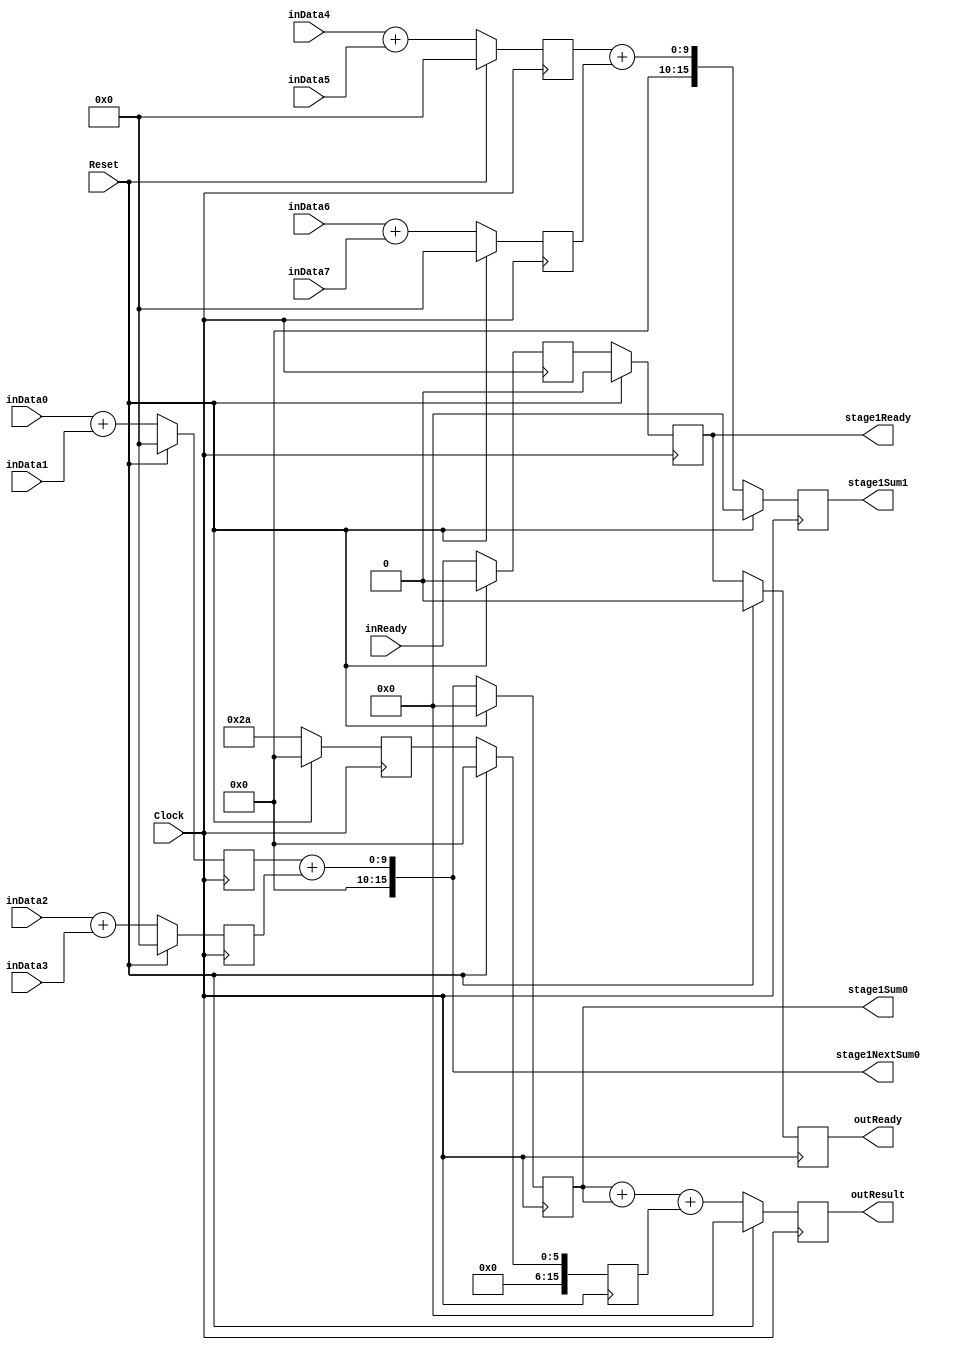
`timescale 1ns/1ps
`default_nettype none
// PLEASE READ THIS, IT MAY SAVE YOU SOME TIME AND MONEY, THANK YOU!
// * This file was generated by Quokka FPGA Toolkit.
// * Generated code is your property, do whatever you want with it
// * Place custom code between [BEGIN USER ***] and [END USER ***].
// * CAUTION: All code outside of [USER] scope is subject to regeneration.
// * Bad things happen sometimes in developer's life,
//   it is recommended to use source control management software (e.g. git, bzr etc) to keep your custom code safe'n'sound.
// * Internal structure of code is subject to change.
//   You can use some of signals in custom code, but most likely they will not exist in future (e.g. will get shorter or gone completely)
// * Please send your feedback, comments, improvement ideas etc. to evmuryshkin@gmail.com
// * Visit https://github.com/EvgenyMuryshkin/QuokkaEvaluation to access latest version of playground
//
// DISCLAIMER:
//   Code comes AS-IS, it is your responsibility to make sure it is working as expected
//   no responsibility will be taken for any loss or damage caused by use of Quokka toolkit.
//
// System configuration name is StagePeekPipelineModule_TopLevel, clock frequency is 1Hz, Top-level
// FSM summary
// -- Packages
module StagePeekPipelineModule_TopLevel
(
	// [BEGIN USER PORTS]
	// [END USER PORTS]
	input wire Clock,
	input wire Reset,
	input wire [7:0] inData0,
	input wire [7:0] inData1,
	input wire [7:0] inData2,
	input wire [7:0] inData3,
	input wire [7:0] inData4,
	input wire [7:0] inData5,
	input wire [7:0] inData6,
	input wire [7:0] inData7,
	input wire inReady,
	output wire outReady,
	output wire [15:0] outResult,
	output wire [15:0] stage1NextSum0,
	output wire stage1Ready,
	output wire [15:0] stage1Sum0,
	output wire [15:0] stage1Sum1
);
	// [BEGIN USER SIGNALS]
	// [END USER SIGNALS]
	localparam HiSignal = 1'b1;
	localparam LoSignal = 1'b0;
	wire Zero = 1'b0;
	wire One = 1'b1;
	wire true = 1'b1;
	wire false = 1'b0;
	wire [15: 0] Pipeline_stage0_State_sumsDefault = 16'b0000000000000000;
	wire [15: 0] Pipeline_stage1_State_s0SumsDefault = 16'b0000000000000000;
	wire [15: 0] Pipeline_stage1_State_sumsDefault = 16'b0000000000000000;
	wire [5: 0] Pipeline_PipelineConfigurations_L45F17L59T18_PipelineConfigurations_L56F29T31_Expr = 6'b101010;
	wire Inputs_inReady;
	reg Pipeline_stage0_NextState_ready;
	reg Pipeline_stage1_NextState_ready;
	reg Pipeline_stage2_NextState_ready;
	reg [15: 0] Pipeline_stage2_NextState_result;
	wire Pipeline_Inputs_inReady;
	wire Pipeline_State_ready;
	wire [15: 0] Pipeline_State_result;
	wire Pipeline_NextState_ready;
	wire [15: 0] Pipeline_NextState_result;
	reg [15: 0] Pipeline_PipelineConfigurations_L45F17L59T18_sum0;
	wire [15: 0] Pipeline_PipelineConfigurations_L45F17L59T18_PipelineConfigurations_L46F32T77_Cast;
	wire [15: 0] Pipeline_PipelineConfigurations_L45F17L59T18_PipelineConfigurations_L53F29T74_Cast;
	wire [15: 0] Pipeline_PipelineConfigurations_L45F17L59T18_PipelineConfigurations_L54F29T74_Cast;
	wire [15: 0] Pipeline_PipelineConfigurations_L45F17L59T18_PipelineConfigurations_L55F29T74_Cast;
	wire [15: 0] Pipeline_PipelineConfigurations_L66F25T66_Cast;
	wire [15: 0] Pipeline_PipelineConfigurations_L67F25T66_Cast;
	wire [15: 0] Pipeline_PipelineConfigurations_L70F30T70_TypedPipelineModule_L31F9L37T10_TypedPipelineModule_L35F26T86_Cast;
	reg Pipeline_stage0_State_ready = 1'b0;
	wire Pipeline_stage0_State_readyDefault = 1'b0;
	reg Pipeline_stage1_State_ready = 1'b0;
	wire Pipeline_stage1_State_readyDefault = 1'b0;
	reg Pipeline_stage2_State_ready = 1'b0;
	wire Pipeline_stage2_State_readyDefault = 1'b0;
	reg [15: 0] Pipeline_stage2_State_result = 16'b0000000000000000;
	wire [15: 0] Pipeline_stage2_State_resultDefault = 16'b0000000000000000;
	wire [9: 0] Pipeline_PipelineConfigurations_L45F17L59T18_PipelineConfigurations_L46F41T76_Expr;
	wire signed [9: 0] Pipeline_PipelineConfigurations_L45F17L59T18_PipelineConfigurations_L46F41T76_Expr_1;
	wire signed [9: 0] Pipeline_PipelineConfigurations_L45F17L59T18_PipelineConfigurations_L46F41T76_Expr_2;
	wire [9: 0] Pipeline_PipelineConfigurations_L45F17L59T18_PipelineConfigurations_L53F38T73_Expr;
	wire signed [9: 0] Pipeline_PipelineConfigurations_L45F17L59T18_PipelineConfigurations_L53F38T73_Expr_1;
	wire signed [9: 0] Pipeline_PipelineConfigurations_L45F17L59T18_PipelineConfigurations_L53F38T73_Expr_2;
	wire [9: 0] Pipeline_PipelineConfigurations_L45F17L59T18_PipelineConfigurations_L54F38T73_Expr;
	wire signed [9: 0] Pipeline_PipelineConfigurations_L45F17L59T18_PipelineConfigurations_L54F38T73_Expr_1;
	wire signed [9: 0] Pipeline_PipelineConfigurations_L45F17L59T18_PipelineConfigurations_L54F38T73_Expr_2;
	wire [9: 0] Pipeline_PipelineConfigurations_L45F17L59T18_PipelineConfigurations_L55F38T73_Expr;
	wire signed [9: 0] Pipeline_PipelineConfigurations_L45F17L59T18_PipelineConfigurations_L55F38T73_Expr_1;
	wire signed [9: 0] Pipeline_PipelineConfigurations_L45F17L59T18_PipelineConfigurations_L55F38T73_Expr_2;
	wire [17: 0] Pipeline_PipelineConfigurations_L66F34T65_Expr;
	wire signed [17: 0] Pipeline_PipelineConfigurations_L66F34T65_Expr_1;
	wire signed [17: 0] Pipeline_PipelineConfigurations_L66F34T65_Expr_2;
	wire [17: 0] Pipeline_PipelineConfigurations_L67F34T65_Expr;
	wire signed [17: 0] Pipeline_PipelineConfigurations_L67F34T65_Expr_1;
	wire signed [17: 0] Pipeline_PipelineConfigurations_L67F34T65_Expr_2;
	wire [19: 0] Pipeline_PipelineConfigurations_L70F30T70_TypedPipelineModule_L31F9L37T10_TypedPipelineModule_L35F35T85_Expr;
	wire signed [19: 0] Pipeline_PipelineConfigurations_L70F30T70_TypedPipelineModule_L31F9L37T10_TypedPipelineModule_L35F35T85_Expr_1;
	wire signed [19: 0] Pipeline_PipelineConfigurations_L70F30T70_TypedPipelineModule_L31F9L37T10_TypedPipelineModule_L35F35T85_Expr_2;
	wire [17: 0] Pipeline_PipelineConfigurations_L70F30T70_TypedPipelineModule_L31F9L37T10_TypedPipelineModule_L35F35T66_Expr;
	wire signed [17: 0] Pipeline_PipelineConfigurations_L70F30T70_TypedPipelineModule_L31F9L37T10_TypedPipelineModule_L35F35T66_Expr_1;
	wire signed [17: 0] Pipeline_PipelineConfigurations_L70F30T70_TypedPipelineModule_L31F9L37T10_TypedPipelineModule_L35F35T66_Expr_2;
	wire [7 : 0] Inputs_inData [0 : 7];
	integer Pipeline_stage0_State_sums_Iterator;
	reg [15 : 0] Pipeline_stage0_State_sums [0 : 4];
	initial
	begin : Init_Pipeline_stage0_State_sums
		for (Pipeline_stage0_State_sums_Iterator = 0; Pipeline_stage0_State_sums_Iterator < 5; Pipeline_stage0_State_sums_Iterator = Pipeline_stage0_State_sums_Iterator + 1)
			Pipeline_stage0_State_sums[Pipeline_stage0_State_sums_Iterator] = 0;
	end
	integer Pipeline_stage0_NextState_sums_Iterator;
	reg [15 : 0] Pipeline_stage0_NextState_sums [0 : 4];
	initial
	begin : Init_Pipeline_stage0_NextState_sums
		for (Pipeline_stage0_NextState_sums_Iterator = 0; Pipeline_stage0_NextState_sums_Iterator < 5; Pipeline_stage0_NextState_sums_Iterator = Pipeline_stage0_NextState_sums_Iterator + 1)
			Pipeline_stage0_NextState_sums[Pipeline_stage0_NextState_sums_Iterator] = 0;
	end
	integer Pipeline_stage1_State_s0Sums_Iterator;
	reg [15 : 0] Pipeline_stage1_State_s0Sums [0 : 4];
	initial
	begin : Init_Pipeline_stage1_State_s0Sums
		for (Pipeline_stage1_State_s0Sums_Iterator = 0; Pipeline_stage1_State_s0Sums_Iterator < 5; Pipeline_stage1_State_s0Sums_Iterator = Pipeline_stage1_State_s0Sums_Iterator + 1)
			Pipeline_stage1_State_s0Sums[Pipeline_stage1_State_s0Sums_Iterator] = 0;
	end
	integer Pipeline_stage1_NextState_s0Sums_Iterator;
	reg [15 : 0] Pipeline_stage1_NextState_s0Sums [0 : 4];
	initial
	begin : Init_Pipeline_stage1_NextState_s0Sums
		for (Pipeline_stage1_NextState_s0Sums_Iterator = 0; Pipeline_stage1_NextState_s0Sums_Iterator < 5; Pipeline_stage1_NextState_s0Sums_Iterator = Pipeline_stage1_NextState_s0Sums_Iterator + 1)
			Pipeline_stage1_NextState_s0Sums[Pipeline_stage1_NextState_s0Sums_Iterator] = 0;
	end
	integer Pipeline_stage1_State_sums_Iterator;
	reg [15 : 0] Pipeline_stage1_State_sums [0 : 1];
	initial
	begin : Init_Pipeline_stage1_State_sums
		for (Pipeline_stage1_State_sums_Iterator = 0; Pipeline_stage1_State_sums_Iterator < 2; Pipeline_stage1_State_sums_Iterator = Pipeline_stage1_State_sums_Iterator + 1)
			Pipeline_stage1_State_sums[Pipeline_stage1_State_sums_Iterator] = 0;
	end
	integer Pipeline_stage1_NextState_sums_Iterator;
	reg [15 : 0] Pipeline_stage1_NextState_sums [0 : 1];
	initial
	begin : Init_Pipeline_stage1_NextState_sums
		for (Pipeline_stage1_NextState_sums_Iterator = 0; Pipeline_stage1_NextState_sums_Iterator < 2; Pipeline_stage1_NextState_sums_Iterator = Pipeline_stage1_NextState_sums_Iterator + 1)
			Pipeline_stage1_NextState_sums[Pipeline_stage1_NextState_sums_Iterator] = 0;
	end
	wire [7 : 0] Pipeline_Inputs_inData [0 : 7];
	wire [15 : 0] Pipeline_PipelineConfigurations_L45F17L59T18_PipelineConfigurations_L50F32L57T26_Enumerable [0 : 4];
	wire [15 : 0] Pipeline_PipelineConfigurations_L64F28L68T22_Enumerable [0 : 1];
	always @ (posedge Clock)
	begin
		if ((Reset == 1))
		begin
			Pipeline_stage0_State_ready <= Pipeline_stage0_State_readyDefault;
			Pipeline_stage1_State_ready <= Pipeline_stage1_State_readyDefault;
			Pipeline_stage2_State_ready <= Pipeline_stage2_State_readyDefault;
			Pipeline_stage2_State_result <= Pipeline_stage2_State_resultDefault;
		end
		else
		begin
			Pipeline_stage0_State_ready <= Pipeline_stage0_NextState_ready;
			Pipeline_stage1_State_ready <= Pipeline_stage1_NextState_ready;
			Pipeline_stage2_State_ready <= Pipeline_stage2_NextState_ready;
			Pipeline_stage2_State_result <= Pipeline_stage2_NextState_result;
		end
	end
	always @ (posedge Clock)
	begin
		if ((Reset == 1))
		begin
			for (Pipeline_stage0_State_sums_Iterator = 0; (Pipeline_stage0_State_sums_Iterator < 5); Pipeline_stage0_State_sums_Iterator = (Pipeline_stage0_State_sums_Iterator + 1))
			begin
				Pipeline_stage0_State_sums[Pipeline_stage0_State_sums_Iterator] <= Pipeline_stage0_State_sumsDefault;
			end
		end
		else
		begin
			for (Pipeline_stage0_State_sums_Iterator = 0; (Pipeline_stage0_State_sums_Iterator < 5); Pipeline_stage0_State_sums_Iterator = (Pipeline_stage0_State_sums_Iterator + 1))
			begin
				Pipeline_stage0_State_sums[Pipeline_stage0_State_sums_Iterator] <= Pipeline_stage0_NextState_sums[Pipeline_stage0_State_sums_Iterator];
			end
		end
	end
	always @ (posedge Clock)
	begin
		if ((Reset == 1))
		begin
			for (Pipeline_stage1_State_s0Sums_Iterator = 0; (Pipeline_stage1_State_s0Sums_Iterator < 5); Pipeline_stage1_State_s0Sums_Iterator = (Pipeline_stage1_State_s0Sums_Iterator + 1))
			begin
				Pipeline_stage1_State_s0Sums[Pipeline_stage1_State_s0Sums_Iterator] <= Pipeline_stage1_State_s0SumsDefault;
			end
		end
		else
		begin
			for (Pipeline_stage1_State_s0Sums_Iterator = 0; (Pipeline_stage1_State_s0Sums_Iterator < 5); Pipeline_stage1_State_s0Sums_Iterator = (Pipeline_stage1_State_s0Sums_Iterator + 1))
			begin
				Pipeline_stage1_State_s0Sums[Pipeline_stage1_State_s0Sums_Iterator] <= Pipeline_stage1_NextState_s0Sums[Pipeline_stage1_State_s0Sums_Iterator];
			end
		end
	end
	always @ (posedge Clock)
	begin
		if ((Reset == 1))
		begin
			for (Pipeline_stage1_State_sums_Iterator = 0; (Pipeline_stage1_State_sums_Iterator < 2); Pipeline_stage1_State_sums_Iterator = (Pipeline_stage1_State_sums_Iterator + 1))
			begin
				Pipeline_stage1_State_sums[Pipeline_stage1_State_sums_Iterator] <= Pipeline_stage1_State_sumsDefault;
			end
		end
		else
		begin
			for (Pipeline_stage1_State_sums_Iterator = 0; (Pipeline_stage1_State_sums_Iterator < 2); Pipeline_stage1_State_sums_Iterator = (Pipeline_stage1_State_sums_Iterator + 1))
			begin
				Pipeline_stage1_State_sums[Pipeline_stage1_State_sums_Iterator] <= Pipeline_stage1_NextState_sums[Pipeline_stage1_State_sums_Iterator];
			end
		end
	end
	assign Pipeline_PipelineConfigurations_L45F17L59T18_PipelineConfigurations_L46F41T76_Expr = Pipeline_PipelineConfigurations_L45F17L59T18_PipelineConfigurations_L46F41T76_Expr_1 + Pipeline_PipelineConfigurations_L45F17L59T18_PipelineConfigurations_L46F41T76_Expr_2;
	assign Pipeline_PipelineConfigurations_L45F17L59T18_PipelineConfigurations_L53F38T73_Expr = Pipeline_PipelineConfigurations_L45F17L59T18_PipelineConfigurations_L53F38T73_Expr_1 + Pipeline_PipelineConfigurations_L45F17L59T18_PipelineConfigurations_L53F38T73_Expr_2;
	assign Pipeline_PipelineConfigurations_L45F17L59T18_PipelineConfigurations_L54F38T73_Expr = Pipeline_PipelineConfigurations_L45F17L59T18_PipelineConfigurations_L54F38T73_Expr_1 + Pipeline_PipelineConfigurations_L45F17L59T18_PipelineConfigurations_L54F38T73_Expr_2;
	assign Pipeline_PipelineConfigurations_L45F17L59T18_PipelineConfigurations_L55F38T73_Expr = Pipeline_PipelineConfigurations_L45F17L59T18_PipelineConfigurations_L55F38T73_Expr_1 + Pipeline_PipelineConfigurations_L45F17L59T18_PipelineConfigurations_L55F38T73_Expr_2;
	assign Pipeline_PipelineConfigurations_L66F34T65_Expr = Pipeline_PipelineConfigurations_L66F34T65_Expr_1 + Pipeline_PipelineConfigurations_L66F34T65_Expr_2;
	assign Pipeline_PipelineConfigurations_L67F34T65_Expr = Pipeline_PipelineConfigurations_L67F34T65_Expr_1 + Pipeline_PipelineConfigurations_L67F34T65_Expr_2;
	assign Pipeline_PipelineConfigurations_L70F30T70_TypedPipelineModule_L31F9L37T10_TypedPipelineModule_L35F35T85_Expr = Pipeline_PipelineConfigurations_L70F30T70_TypedPipelineModule_L31F9L37T10_TypedPipelineModule_L35F35T85_Expr_1 + Pipeline_PipelineConfigurations_L70F30T70_TypedPipelineModule_L31F9L37T10_TypedPipelineModule_L35F35T85_Expr_2;
	assign Pipeline_PipelineConfigurations_L70F30T70_TypedPipelineModule_L31F9L37T10_TypedPipelineModule_L35F35T66_Expr = Pipeline_PipelineConfigurations_L70F30T70_TypedPipelineModule_L31F9L37T10_TypedPipelineModule_L35F35T66_Expr_1 + Pipeline_PipelineConfigurations_L70F30T70_TypedPipelineModule_L31F9L37T10_TypedPipelineModule_L35F35T66_Expr_2;
	always @ (*)
	begin
		Pipeline_stage0_NextState_ready = Pipeline_stage0_State_ready;
		Pipeline_stage0_NextState_sums[0] = Pipeline_stage0_State_sums[0];
		Pipeline_stage0_NextState_sums[1] = Pipeline_stage0_State_sums[1];
		Pipeline_stage0_NextState_sums[2] = Pipeline_stage0_State_sums[2];
		Pipeline_stage0_NextState_sums[3] = Pipeline_stage0_State_sums[3];
		Pipeline_stage0_NextState_sums[4] = Pipeline_stage0_State_sums[4];
		Pipeline_stage1_NextState_ready = Pipeline_stage1_State_ready;
		Pipeline_stage1_NextState_s0Sums[0] = Pipeline_stage1_State_s0Sums[0];
		Pipeline_stage1_NextState_s0Sums[1] = Pipeline_stage1_State_s0Sums[1];
		Pipeline_stage1_NextState_s0Sums[2] = Pipeline_stage1_State_s0Sums[2];
		Pipeline_stage1_NextState_s0Sums[3] = Pipeline_stage1_State_s0Sums[3];
		Pipeline_stage1_NextState_s0Sums[4] = Pipeline_stage1_State_s0Sums[4];
		Pipeline_stage1_NextState_sums[0] = Pipeline_stage1_State_sums[0];
		Pipeline_stage1_NextState_sums[1] = Pipeline_stage1_State_sums[1];
		Pipeline_stage2_NextState_ready = Pipeline_stage2_State_ready;
		Pipeline_stage2_NextState_result = Pipeline_stage2_State_result;
		Pipeline_PipelineConfigurations_L45F17L59T18_sum0 = Pipeline_PipelineConfigurations_L45F17L59T18_PipelineConfigurations_L46F32T77_Cast;
		Pipeline_stage0_NextState_ready = Pipeline_Inputs_inReady;
		Pipeline_stage0_NextState_sums[0] = Pipeline_PipelineConfigurations_L45F17L59T18_PipelineConfigurations_L50F32L57T26_Enumerable[0];
		Pipeline_stage0_NextState_sums[1] = Pipeline_PipelineConfigurations_L45F17L59T18_PipelineConfigurations_L50F32L57T26_Enumerable[1];
		Pipeline_stage0_NextState_sums[2] = Pipeline_PipelineConfigurations_L45F17L59T18_PipelineConfigurations_L50F32L57T26_Enumerable[2];
		Pipeline_stage0_NextState_sums[3] = Pipeline_PipelineConfigurations_L45F17L59T18_PipelineConfigurations_L50F32L57T26_Enumerable[3];
		Pipeline_stage0_NextState_sums[4] = Pipeline_PipelineConfigurations_L45F17L59T18_PipelineConfigurations_L50F32L57T26_Enumerable[4];
		Pipeline_stage1_NextState_ready = Pipeline_stage0_State_ready;
		Pipeline_stage1_NextState_s0Sums[0] = Pipeline_stage0_State_sums[0];
		Pipeline_stage1_NextState_s0Sums[1] = Pipeline_stage0_State_sums[1];
		Pipeline_stage1_NextState_s0Sums[2] = Pipeline_stage0_State_sums[2];
		Pipeline_stage1_NextState_s0Sums[3] = Pipeline_stage0_State_sums[3];
		Pipeline_stage1_NextState_s0Sums[4] = Pipeline_stage0_State_sums[4];
		Pipeline_stage1_NextState_sums[0] = Pipeline_PipelineConfigurations_L64F28L68T22_Enumerable[0];
		Pipeline_stage1_NextState_sums[1] = Pipeline_PipelineConfigurations_L64F28L68T22_Enumerable[1];
		Pipeline_stage2_NextState_ready = Pipeline_stage1_State_ready;
		Pipeline_stage2_NextState_result = Pipeline_PipelineConfigurations_L70F30T70_TypedPipelineModule_L31F9L37T10_TypedPipelineModule_L35F26T86_Cast;
	end
	assign Pipeline_PipelineConfigurations_L45F17L59T18_PipelineConfigurations_L46F41T76_Expr_1 = {
		{2{1'b0}},
		Pipeline_Inputs_inData[0]
	}
	;
	assign Pipeline_PipelineConfigurations_L45F17L59T18_PipelineConfigurations_L46F41T76_Expr_2 = {
		{2{1'b0}},
		Pipeline_Inputs_inData[1]
	}
	;
	assign Pipeline_PipelineConfigurations_L45F17L59T18_PipelineConfigurations_L53F38T73_Expr_1 = {
		{2{1'b0}},
		Pipeline_Inputs_inData[2]
	}
	;
	assign Pipeline_PipelineConfigurations_L45F17L59T18_PipelineConfigurations_L53F38T73_Expr_2 = {
		{2{1'b0}},
		Pipeline_Inputs_inData[3]
	}
	;
	assign Pipeline_PipelineConfigurations_L45F17L59T18_PipelineConfigurations_L54F38T73_Expr_1 = {
		{2{1'b0}},
		Pipeline_Inputs_inData[4]
	}
	;
	assign Pipeline_PipelineConfigurations_L45F17L59T18_PipelineConfigurations_L54F38T73_Expr_2 = {
		{2{1'b0}},
		Pipeline_Inputs_inData[5]
	}
	;
	assign Pipeline_PipelineConfigurations_L45F17L59T18_PipelineConfigurations_L55F38T73_Expr_1 = {
		{2{1'b0}},
		Pipeline_Inputs_inData[6]
	}
	;
	assign Pipeline_PipelineConfigurations_L45F17L59T18_PipelineConfigurations_L55F38T73_Expr_2 = {
		{2{1'b0}},
		Pipeline_Inputs_inData[7]
	}
	;
	assign Pipeline_PipelineConfigurations_L66F34T65_Expr_1 = {
		{2{1'b0}},
		Pipeline_stage0_State_sums[0]
	}
	;
	assign Pipeline_PipelineConfigurations_L66F34T65_Expr_2 = {
		{2{1'b0}},
		Pipeline_stage0_State_sums[1]
	}
	;
	assign Pipeline_PipelineConfigurations_L67F34T65_Expr_1 = {
		{2{1'b0}},
		Pipeline_stage0_State_sums[2]
	}
	;
	assign Pipeline_PipelineConfigurations_L67F34T65_Expr_2 = {
		{2{1'b0}},
		Pipeline_stage0_State_sums[3]
	}
	;
	assign Pipeline_PipelineConfigurations_L70F30T70_TypedPipelineModule_L31F9L37T10_TypedPipelineModule_L35F35T85_Expr_1 = {
		{2{1'b0}},
		Pipeline_PipelineConfigurations_L70F30T70_TypedPipelineModule_L31F9L37T10_TypedPipelineModule_L35F35T66_Expr
	}
	;
	assign Pipeline_PipelineConfigurations_L70F30T70_TypedPipelineModule_L31F9L37T10_TypedPipelineModule_L35F35T85_Expr_2 = {
		{4{1'b0}},
		Pipeline_stage1_State_s0Sums[4]
	}
	;
	assign Pipeline_PipelineConfigurations_L70F30T70_TypedPipelineModule_L31F9L37T10_TypedPipelineModule_L35F35T66_Expr_1 = {
		{2{1'b0}},
		Pipeline_stage1_State_sums[0]
	}
	;
	assign Pipeline_PipelineConfigurations_L70F30T70_TypedPipelineModule_L31F9L37T10_TypedPipelineModule_L35F35T66_Expr_2 = {
		{2{1'b0}},
		Pipeline_stage1_State_sums[0]
	}
	;
	assign Inputs_inData[0] = inData0;
	assign Inputs_inData[1] = inData1;
	assign Inputs_inData[2] = inData2;
	assign Inputs_inData[3] = inData3;
	assign Inputs_inData[4] = inData4;
	assign Inputs_inData[5] = inData5;
	assign Inputs_inData[6] = inData6;
	assign Inputs_inData[7] = inData7;
	assign Inputs_inReady = inReady;
	assign Pipeline_State_ready = Pipeline_stage2_State_ready;
	assign Pipeline_State_result = Pipeline_stage2_State_result;
	assign Pipeline_NextState_ready = Pipeline_stage2_NextState_ready;
	assign Pipeline_NextState_result = Pipeline_stage2_NextState_result;
	assign Pipeline_PipelineConfigurations_L45F17L59T18_PipelineConfigurations_L46F32T77_Cast = {
		{6{1'b0}},
		Pipeline_PipelineConfigurations_L45F17L59T18_PipelineConfigurations_L46F41T76_Expr
	}
	;
	assign Pipeline_PipelineConfigurations_L45F17L59T18_PipelineConfigurations_L53F29T74_Cast = {
		{6{1'b0}},
		Pipeline_PipelineConfigurations_L45F17L59T18_PipelineConfigurations_L53F38T73_Expr
	}
	;
	assign Pipeline_PipelineConfigurations_L45F17L59T18_PipelineConfigurations_L54F29T74_Cast = {
		{6{1'b0}},
		Pipeline_PipelineConfigurations_L45F17L59T18_PipelineConfigurations_L54F38T73_Expr
	}
	;
	assign Pipeline_PipelineConfigurations_L45F17L59T18_PipelineConfigurations_L55F29T74_Cast = {
		{6{1'b0}},
		Pipeline_PipelineConfigurations_L45F17L59T18_PipelineConfigurations_L55F38T73_Expr
	}
	;
	assign Pipeline_PipelineConfigurations_L45F17L59T18_PipelineConfigurations_L50F32L57T26_Enumerable[0] = Pipeline_PipelineConfigurations_L45F17L59T18_sum0;
	assign Pipeline_PipelineConfigurations_L45F17L59T18_PipelineConfigurations_L50F32L57T26_Enumerable[1] = Pipeline_PipelineConfigurations_L45F17L59T18_PipelineConfigurations_L53F29T74_Cast;
	assign Pipeline_PipelineConfigurations_L45F17L59T18_PipelineConfigurations_L50F32L57T26_Enumerable[2] = Pipeline_PipelineConfigurations_L45F17L59T18_PipelineConfigurations_L54F29T74_Cast;
	assign Pipeline_PipelineConfigurations_L45F17L59T18_PipelineConfigurations_L50F32L57T26_Enumerable[3] = Pipeline_PipelineConfigurations_L45F17L59T18_PipelineConfigurations_L55F29T74_Cast;
	assign Pipeline_PipelineConfigurations_L45F17L59T18_PipelineConfigurations_L50F32L57T26_Enumerable[4] = {
		{10{1'b0}},
		Pipeline_PipelineConfigurations_L45F17L59T18_PipelineConfigurations_L56F29T31_Expr
	}
	;
	assign Pipeline_PipelineConfigurations_L66F25T66_Cast = Pipeline_PipelineConfigurations_L66F34T65_Expr[15:0];
	assign Pipeline_PipelineConfigurations_L67F25T66_Cast = Pipeline_PipelineConfigurations_L67F34T65_Expr[15:0];
	assign Pipeline_PipelineConfigurations_L64F28L68T22_Enumerable[0] = Pipeline_PipelineConfigurations_L66F25T66_Cast;
	assign Pipeline_PipelineConfigurations_L64F28L68T22_Enumerable[1] = Pipeline_PipelineConfigurations_L67F25T66_Cast;
	assign Pipeline_PipelineConfigurations_L70F30T70_TypedPipelineModule_L31F9L37T10_TypedPipelineModule_L35F26T86_Cast = Pipeline_PipelineConfigurations_L70F30T70_TypedPipelineModule_L31F9L37T10_TypedPipelineModule_L35F35T85_Expr[15:0];
	assign outReady = Pipeline_State_ready;
	assign outResult = Pipeline_State_result;
	assign stage1NextSum0 = Pipeline_stage1_NextState_sums[0];
	assign stage1Ready = Pipeline_stage1_State_ready;
	assign stage1Sum0 = Pipeline_stage1_State_sums[0];
	assign stage1Sum1 = Pipeline_stage1_State_sums[1];
	assign Pipeline_Inputs_inData[0] = Inputs_inData[0];
	assign Pipeline_Inputs_inData[1] = Inputs_inData[1];
	assign Pipeline_Inputs_inData[2] = Inputs_inData[2];
	assign Pipeline_Inputs_inData[3] = Inputs_inData[3];
	assign Pipeline_Inputs_inData[4] = Inputs_inData[4];
	assign Pipeline_Inputs_inData[5] = Inputs_inData[5];
	assign Pipeline_Inputs_inData[6] = Inputs_inData[6];
	assign Pipeline_Inputs_inData[7] = Inputs_inData[7];
	assign Pipeline_Inputs_inReady = Inputs_inReady;
	// [BEGIN USER ARCHITECTURE]
	// [END USER ARCHITECTURE]
endmodule